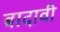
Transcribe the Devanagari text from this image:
बादावी